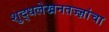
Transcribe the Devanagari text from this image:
शुद्धलेखनतज्‍ज्ञांचा